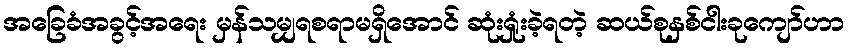
အခြေခံအခွင့်အရေး မှန်သမျှရစရာမရှိအောင် ဆုံးရှုံးခဲ့ရတဲ့ ဆယ်စုနှစ်ငါးခုကျော်ဟာ